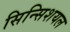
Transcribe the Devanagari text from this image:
सिन्सिशयल